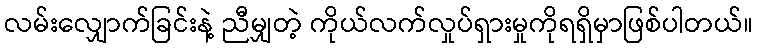
လမ်းလျှောက်ခြင်းနဲ့ ညီမျှတဲ့ ကိုယ်လက်လှုပ်ရှားမှုကိုရရှိမှာဖြစ်ပါတယ်။